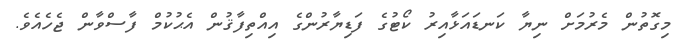
މިގޮތުން މެރުމަށް ނިޔާ ކަނޑައަޅާއިރު ކޯޓުގެ ފަޑިޔާރުންގެ އިއްތިފާޤުން އެޙުކުމް ފާސްވާން ޖެހެއެވެ.